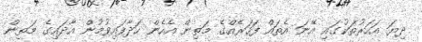
ދިޔަ އަހަރުތަކުގައި އޭނަ އެތައް ފަހަރެއްގެ މަތިން އެހެން ހަދާފައިވުމުން އާދައިގެ މަތިން